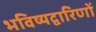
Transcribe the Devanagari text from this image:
भविष्यद्वारिणों